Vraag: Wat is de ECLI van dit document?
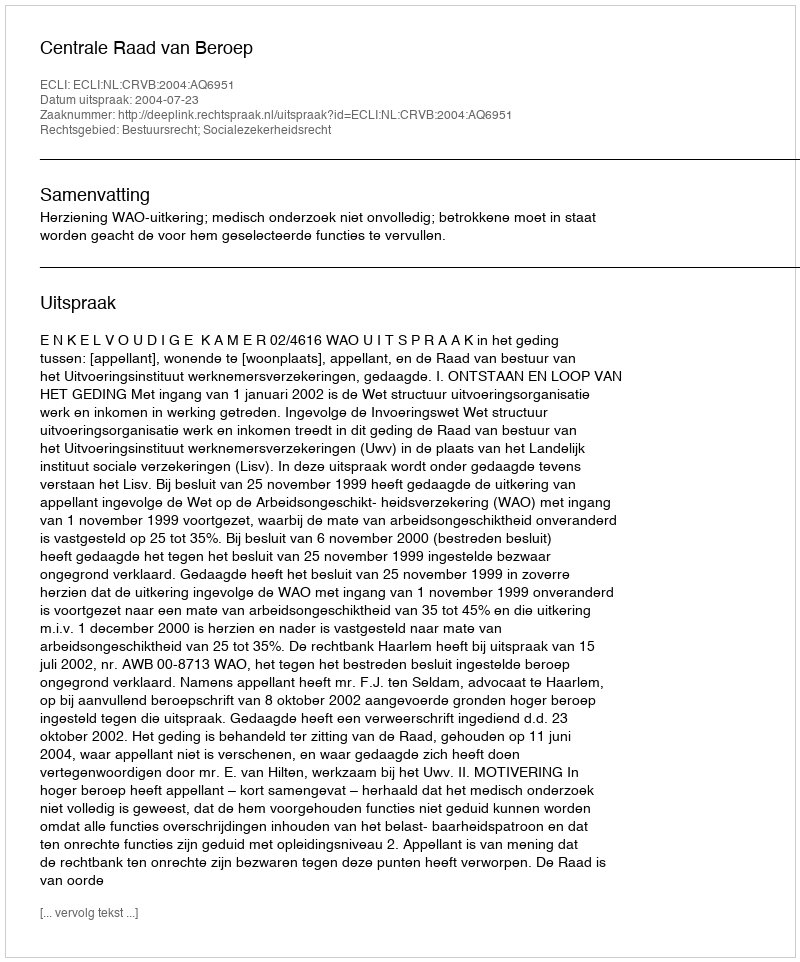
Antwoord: ECLI:NL:CRVB:2004:AQ6951